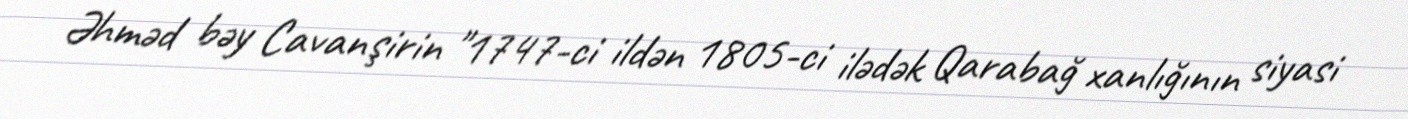
Əhməd bəy Cavanşirin "1747-ci ildən 1805-ci ilədək Qarabağ xanlığının siyasi